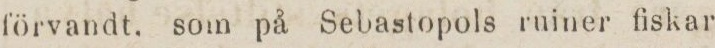
förvandt. som på Sebastopols ruiner fiskar